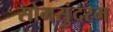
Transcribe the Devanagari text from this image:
सोमसुंदरम